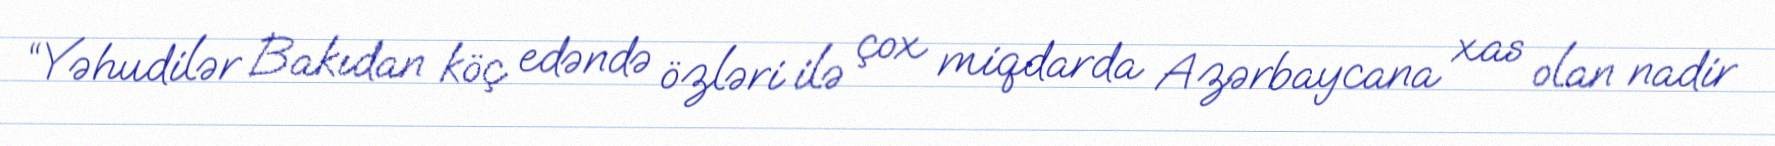
“Yəhudilər Bakıdan köç edəndə özləri ilə çox miqdarda Azərbaycana xas olan nadir